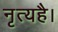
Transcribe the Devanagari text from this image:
नृत्यहै।